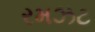
રમઝટ